Vaccination in the Punjab 1897-1904 - 1897-1904
Year: 1897
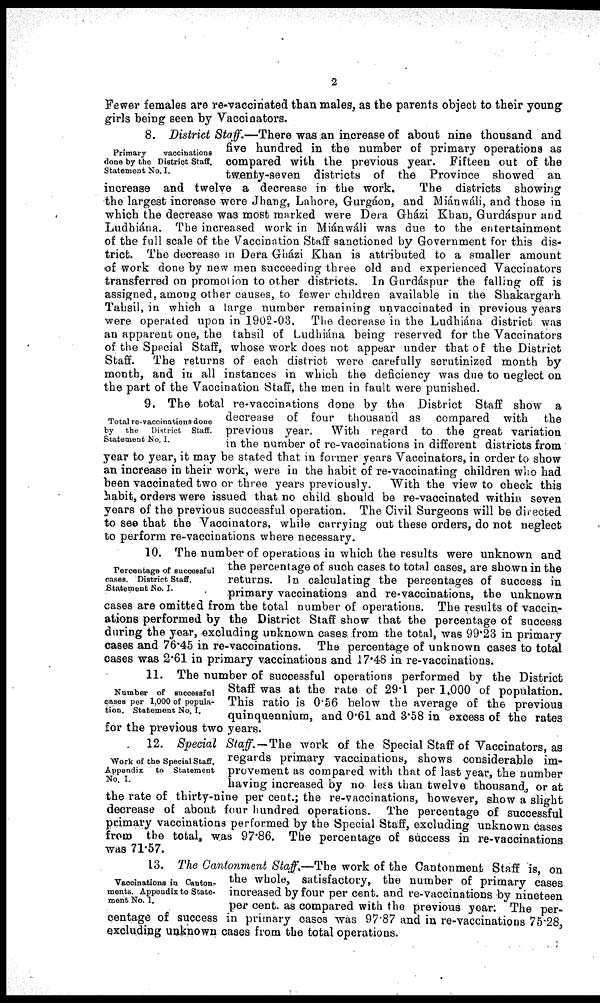
2
Fewer females are re-vaccinated than males, as the parents object to their young
girls being seen by Vaccinators.
Primary
vaccinations
done by the District Staff.
Statement No. I.
8. District Staff.—There was an increase of about nine thousand and
five hundred in the number of primary operations as
compared with the previous year. Fifteen out of the
twenty-seven districts of the Province showed an
increase and twelve a decrease in the work.
The districts showing
the largest increase were Jhang, Lahore, Gurgáon, and Miánwáli, and those in
which the decrease was most marked were Dera Gházi Khan, Gurdáspur and
Ludhiána. The increased work in Miánwáli was due to the entertainment
of the full scale of the Vaccination Staff sanctioned by Government for this dis-
trict. The decrease in Dera Gházi Khan is attributed to a smaller amount
of work done by new men succeeding three old and experienced Vaccinators
transferred on promotion to other districts. In Gurdáspur the falling off is
assigned, among other causes, to fewer children available in the Shakargarh
Tahsil, in which a large number remaining unvaccinated in previous years
were operated upon in 1902-03. The decrease in the Ludhiána district was
an apparent one, the tahsil of Ludhiána being reserved for the Vaccinators
of the Special Staff, whose work does not appear under that of the District
Staff.
The returns of each district were carefully scrutinized month by
month, and in all instances in which the deficiency was due to neglect on
the part of the Vaccination Staff, the men in fault were punished.
Total re-vaccinations done
by the
District Staff.
Statement No. I.
9. The total re-vaccinations done by the District Staff show a
decrease of four thousand as compared with the
previous year.
With regard to the great variation
in the number of re-vaccinations in different districts from
year to year, it may be stated that in former years Vaccinators, in order to show
an increase in their work, were in the habit of re-vaccinating children who had
been vaccinated two or three years previously.
With the view to check this
habit, orders were issued that no child should be re-vaccinated within seven
years of the previous successful operation. The Civil Surgeons will be directed
to see that the Vaccinators, while carrying out these orders, do not neglect
to perform re-vaccinations where necessary.
Percentage of successful
cases. District Staff.
Statement No. I.
10. The number of operations in which the results were unknown and
the percentage of such cases to total cases, are shown in the
returns. In calculating the percentages of success in
primary vaccinations and re-vaccinations, the unknown
cases are omitted from the total number of operations. The results of vaccin-
ations performed by the District Staff show that the percentage of success
during the year, excluding unknown cases from the total, was 99.23 in primary
cases and 76.45 in re-vaccinations. The percentage of unknown cases to total
cases was 2.61 in primary vaccinations and 17.48 in re-vaccinations.
Number of successful
cases per 1,000 of popula-
tion. Statement No. I.
11. The number of successful operations performed by the District
Staff was at the rate of 29.1 per 1,000 of population.
This ratio is 0.56 below the average of the previous
quinquennium, and 0.61 and 3.58 in excess of the rates
for the previous two years.
Work of the Special Staff.
Appendix
to Statement
No. I.
12. Special Staff.—The
work of the Special Staff of Vaccinators, as
regards primary vaccinations, shows considerable im-
provement as compared with that of last year, the number
having increased by no less than twelve thousand, or at
the rate of thirty-nine per cent.; the re-vaccinations, however, show a slight
decrease of about four hundred operations. The percentage of successful
primary vaccinations performed by the Special Staff, excluding unknown cases
from the total, was 97.86. The percentage of success in re-vaccinations
was 71.57.
Vaccinations in Canton-
ments. Appendix to State.
ment No. I.
13. The Cantonment Staff.—The work of the Cantonment Staff is, on
the whole, satisfactory, the number of primary cases
increased by four per cent. and re-vaccinations by nineteen
per cent. as compared with the previous year. The per-
centage of success in primary cases was 97.87 and in re-vaccinations 75.28,
excluding unknown cases from the total operations.